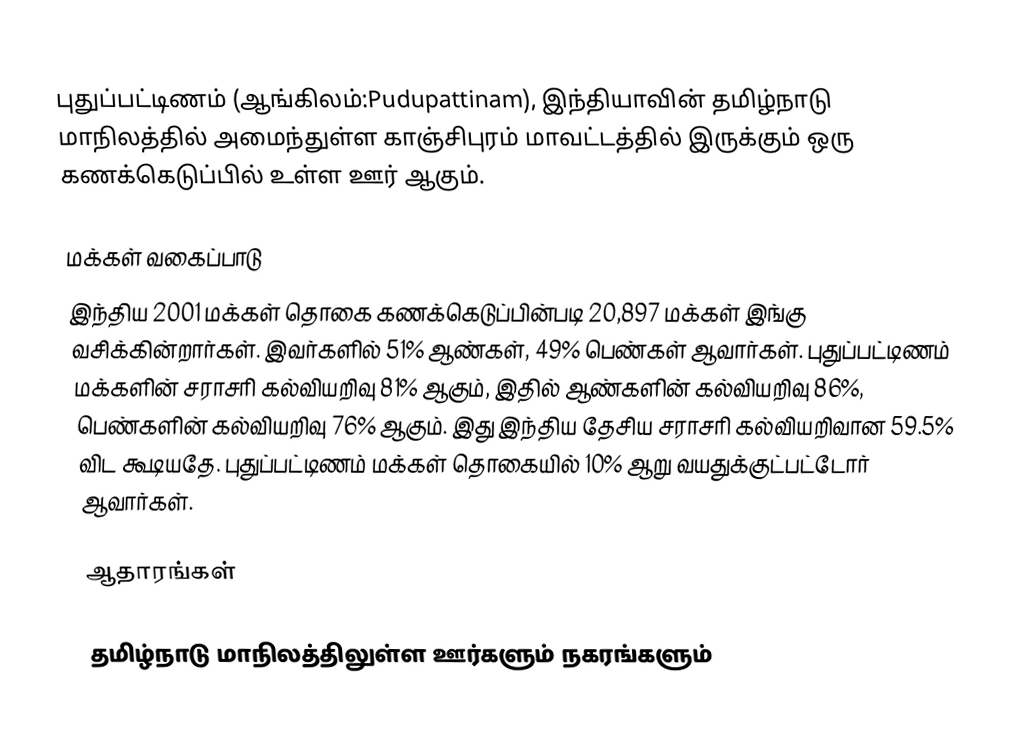
புதுப்பட்டிணம் (ஆங்கிலம்:Pudupattinam), இந்தியாவின் தமிழ்நாடு மாநிலத்தில் அமைந்துள்ள காஞ்சிபுரம் மாவட்டத்தில் இருக்கும் ஒரு கணக்கெடுப்பில் உள்ள ஊர்  ஆகும்.

மக்கள் வகைப்பாடு
இந்திய 2001 மக்கள் தொகை கணக்கெடுப்பின்படி 20,897 மக்கள் இங்கு வசிக்கின்றார்கள். இவர்களில் 51% ஆண்கள், 49% பெண்கள் ஆவார்கள். புதுப்பட்டிணம் மக்களின் சராசரி கல்வியறிவு 81% ஆகும்,  இதில் ஆண்களின் கல்வியறிவு 86%,  பெண்களின் கல்வியறிவு 76% ஆகும். இது இந்திய தேசிய சராசரி கல்வியறிவான 59.5% விட கூடியதே. புதுப்பட்டிணம் மக்கள் தொகையில் 10%  ஆறு வயதுக்குட்பட்டோர் ஆவார்கள்.

ஆதாரங்கள்

 தமிழ்நாடு மாநிலத்திலுள்ள ஊர்களும் நகரங்களும்